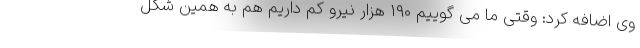
وی اضافه کرد: وقتی ما می گوییم ۱۹۰ هزار نیرو کم داریم هم به همین شکل